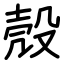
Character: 殼